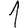
Digit: 1